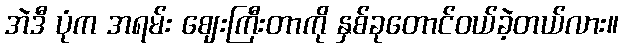
အဲဒီ ပုံက အရမ်း ဈေးကြီးတာကို နှစ်ခုတောင်ဝယ်ခဲ့တယ်လား။